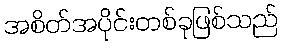
အစိတ်အပိုင်းတစ်ခုဖြစ်သည်